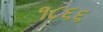
૧૮૬૬